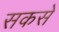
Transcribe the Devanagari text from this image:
सकसे